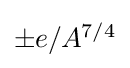
{\textstyle \pm e/A^{7/4}}